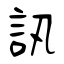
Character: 訊